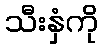
သီးနှံကို